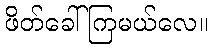
ဖိတ်ခေါ်ကြမယ်လေ။